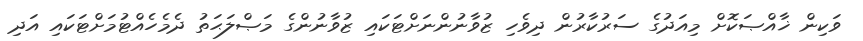
ވަކިން ޚާއްޞަކޮށް މިއަދުގެ ސަރުކާރުން ދިވެހި ޒުވާނުންނަށްޓަކައި ޒުވާނުންގެ މަޞްލަޙަތު ދެމެހެއްޓުމަށްޓަކައި އަދި